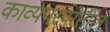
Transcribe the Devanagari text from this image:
काव्यपरंपरेतील